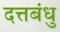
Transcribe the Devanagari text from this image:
दत्तबंधु